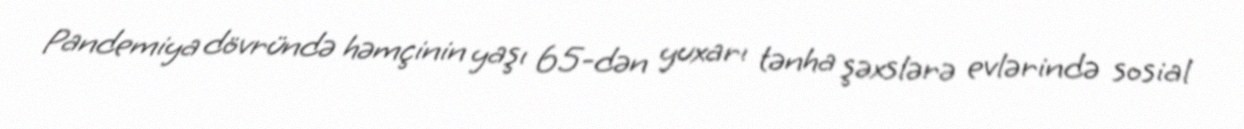
Pandemiya dövründə həmçinin yaşı 65-dən yuxarı tənha şəxslərə evlərində sosial